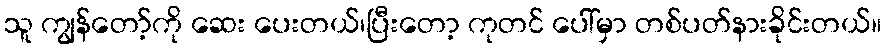
သူ ကျွန်တော့်ကို ဆေး ပေးတယ်၊ပြီးတော့ ကုတင် ပေါ်မှာ တစ်ပတ်နားခိုင်းတယ်။